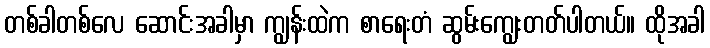
တစ်ခါတစ်လေ ဆောင်းအခါမှာ ကျွန်းထဲက စာရေးတံ ဆွမ်းကျွေးတတ်ပါတယ်။ ထိုအခါ